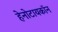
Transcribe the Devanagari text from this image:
हेनोटायकॉन